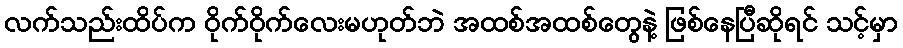
လက်သည်းထိပ်က ဝိုက်ဝိုက်လေးမဟုတ်ဘဲ အထစ်အထစ်တွေနဲ့ ဖြစ်နေပြီဆိုရင် သင့်မှာ